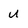
Character: U